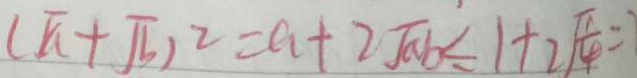
( \sqrt { a } + \sqrt { b } ) ^ { 2 } = a + 2 \sqrt { a b } \leq 1 + 2 \sqrt { \frac { 1 } { 4 } } = =